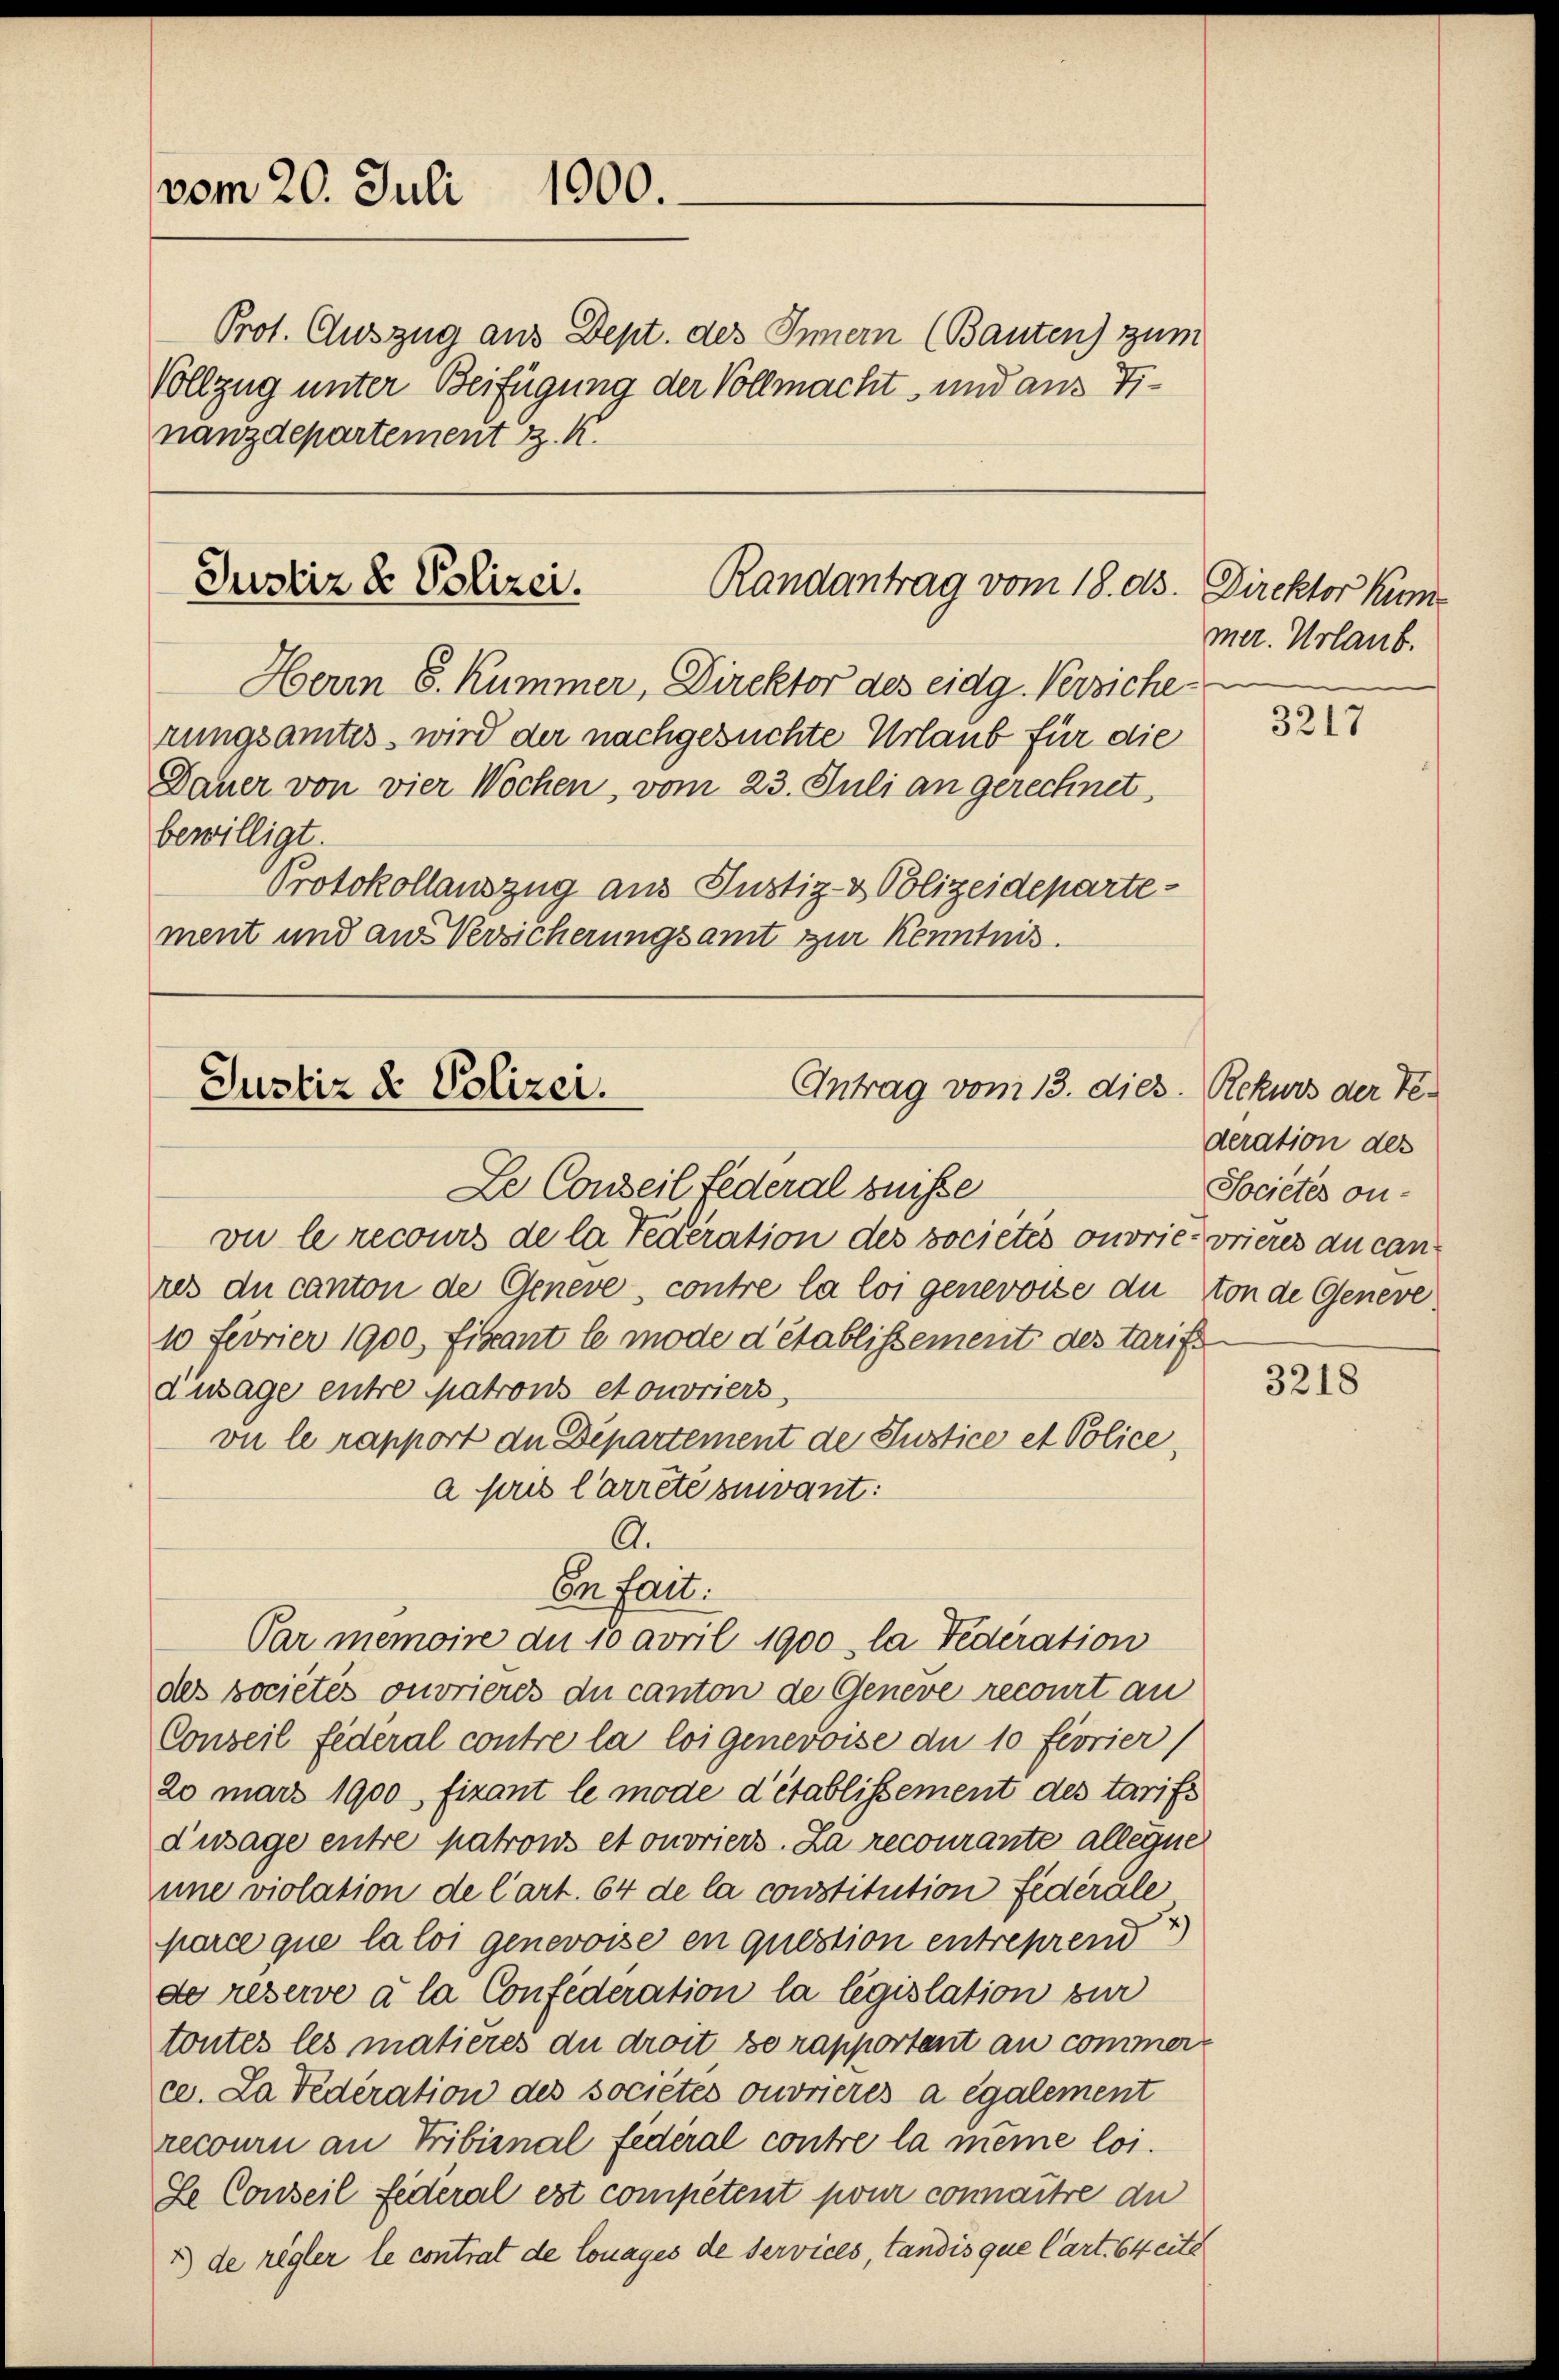
vom 20. Juli 1900.

Prot. Auszug aus Dept. des Innern (Bauten) zum
Vollzug unter Beifügung der Vollmacht und aus Tinanzdepartement z. K.

Justiz & Polizei.
Randantrag vom 18. ds.

Antrag vom 13. dies. Rekurs der Ter
Justiz & Polizei.
Le Conseil Federal Suisse

Herm 8. Kummer, Direktor des eidg. Versiche
rungsamtes wird der nachgesuchte Urlaub für die
Dauer von vier Wochen, vom 23. Juli an gerechnet
bewilligt.
Protokollauszug aus Justiz- & Polizeideparte
ment und aus Versicherungsamt zur Kenntnis.

vu le recours de la Federation des sociétés ouvrie-vrieres au canres du canton de Geneve, contre la loi genevoise du von de Geneve
10 Fevrier 1900, Fiscant le mode d’établissement des tarife
Zusage entre Matrons et ouvriers,
vu le rapport de Departement de Justice et Police,
a pris l’arrête suivant:
des sociétés ouvrieres du canton de Geneve recourt an
Conseil federal contre la loi genevoise du 10 féorier
2o mars 1900 fizant le mode d’établissement des tarifs
dusage entre patrons et ouvriers. La recourante alleine
une violation de l’art. 64 de la constitution fédérale
parce que la loi genevoise en question entreprend
de resewe à la Confederation la législation zur
tontes les matières du droit se rapportant an commerce. La Federation des sociétés ouvrieres a également
recouri an Tribunal fédéral contre la meine loi.
Se Conseil Federal est competent pour connaitre du
u de regler le contrat de louages de services, tandis que Cart. 64 eite

A.
En fait.
Parmemoire du 10 avril 1900, la Federation

Direktor Kum
mer. Urlaub.

3217

deration des
Sociétés ou¬

3218